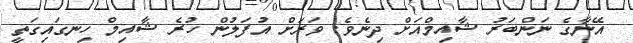
އޭނާގެ ނަންބަރު ޝާއިމްއަށް ދިނެވެ. ވަރަށް އުފަލުން ހުރެ ޝާއިމް ހިނގައިގަތީ